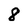
Character: 8